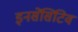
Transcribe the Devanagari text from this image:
इनसेंसिटिव